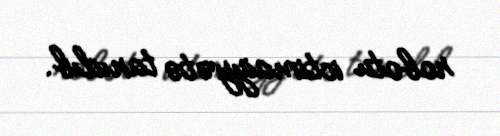
robotu ictimaiyyətə tanıdıb.